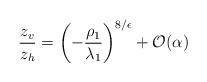
LaTeX: \begin{align*}\frac{z_v}{z_h} = \left( -\frac{\rho_1}{\lambda_1} \right)^{8/\epsilon}+ {\cal O}(\alpha)\end{align*}